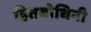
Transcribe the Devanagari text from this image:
हितबोधिनी